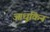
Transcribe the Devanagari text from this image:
आधुकिन